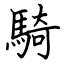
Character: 騎